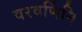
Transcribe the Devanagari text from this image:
वरवर्णिनि